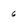
Character: 6